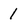
Character: 1